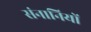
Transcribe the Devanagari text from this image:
संनानियों